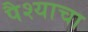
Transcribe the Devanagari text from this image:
पैश्याचा